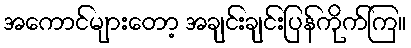
အကောင်များတော့ အချင်းချင်းပြန်ကိုက်ကြ။